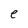
Character: e